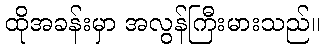
ထိုအခန်းမှာ အလွန်ကြီးမားသည်။